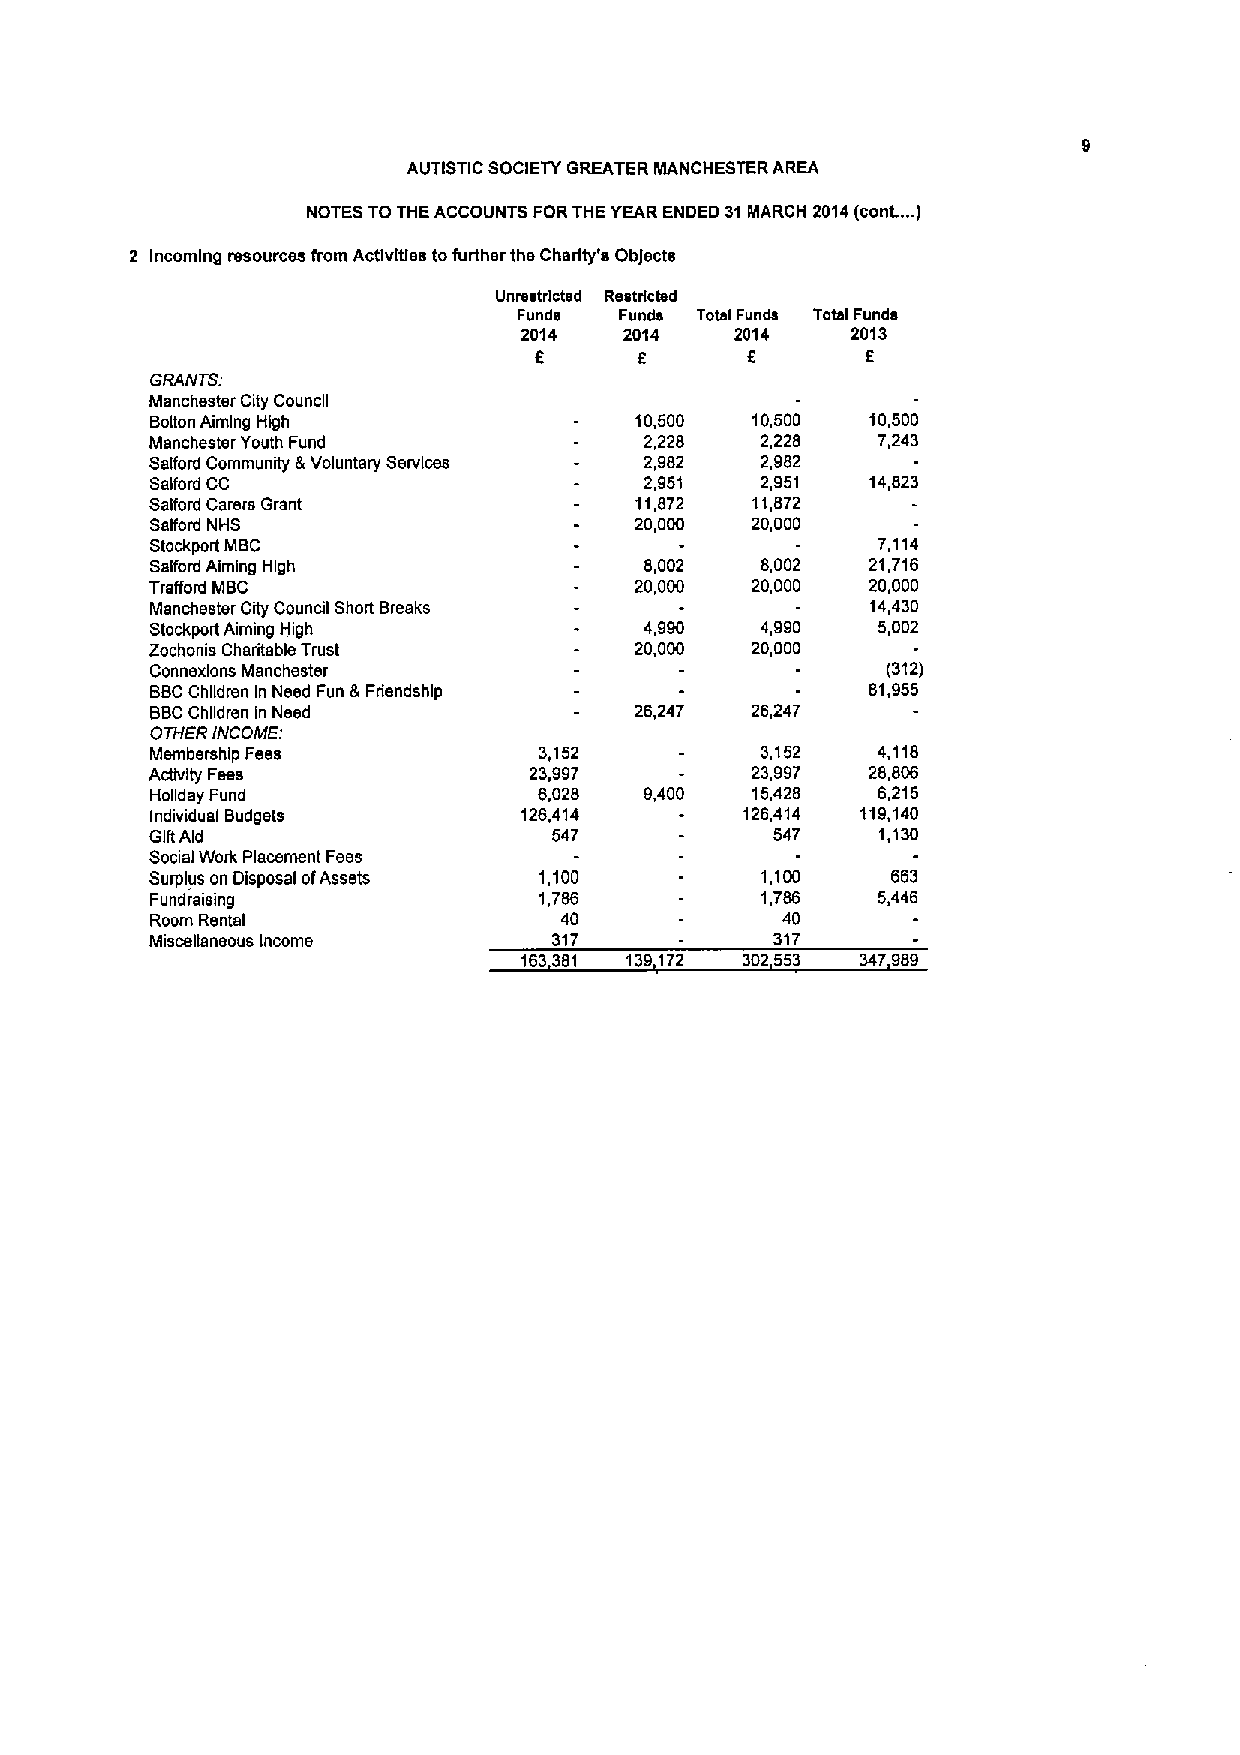
AUTISTIC SOCIETY GREATER MANCHESTER AREA
 NOTES TO THE ACCOUNTS FORTHE YEAR ENDED 31MARCH
 2014(cont....
 )
 2 Incoming resources from Activities tofurther the Charity's ObJects
 Unrestricted Restricted
 Funds  Funds Total Funds TotslFunds
 2014  2014    2014   2013
 f      f      f       f
 GRANTS:
 Manchester City Council
 Bolton Aiming High              10,500  10,500  10,500
 Manchester Youth Fund            2,228  2,228   7,243
 Salford Community 8 Voluntary Services 2,982 2,982
 Salford CC                       2,951  2,951   14,823
 Salford Carers Grant            11,872  11,872
 Salford NHS                     20,000  20,000
 Stockport MBC                                   7,114
 Salford Aiming High              8,002  8,002   21,716
 Trafford MBC                    20,000  20,000  20,000
 Manchester City Council Short Breeks            14,430
 Stockport Aiming High            4,990  4,990   5,002
 Zochonis Charitable Trust       20,000  20,000
 Connexlons Manchester                            (312)
 BBCChildren In Need Fun &Friendship             81,955
 BBCChildren in Need             26,247  26,247
 OTHER INCOME:
 Membership Fees           3,152         3,152   4,118
 Activity Fees            23,997         23,997  28,806
 Holiday Fund              6,028  9,400  15,428  6,215
 Individual Budgets       126,414       126,414 119,140
 GiftAid                    547           547    1,130
 Social Work Placement Fees
 Surplus on Disposal ofAssets 1,100      1,100    663
 Fundraising               1,786         1,786   5,446
 Room Rental                40             40
 Miscellaneous Income       317           317
 163381 139172 302553  347989